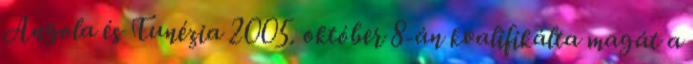
Angola és Tunézia 2005. október 8-án kvalifikálta magát a